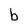
Character: b